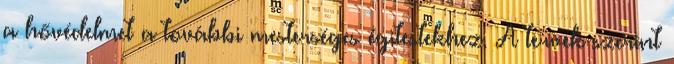
a hővédelmet a további mesterséges égitestekhez. A tervek szerint